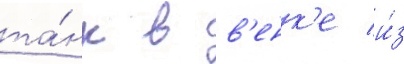
та́нк в в'енк'е и́з